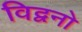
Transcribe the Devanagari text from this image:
विद्वनो